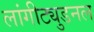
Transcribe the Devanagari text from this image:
लांगीट्युडनल